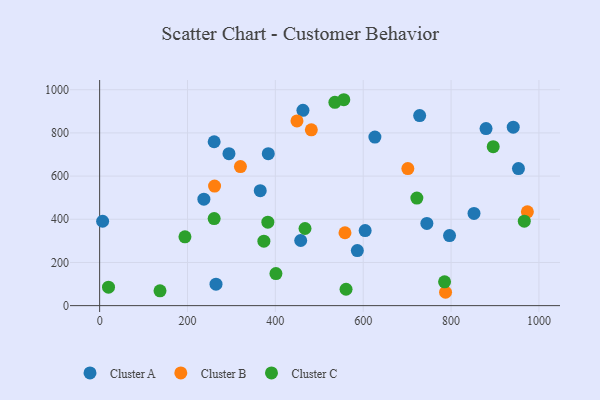
{"axis": {"x": "Investment", "y": "Profit"}, "legend": ["Cluster A", "Cluster B", "Cluster C"], "data": [{"x": "796.5", "y": 324.6, "type": "Cluster A"}, {"x": "728.5", "y": 880.1, "type": "Cluster A"}, {"x": "457.7", "y": 301.6, "type": "Cluster A"}, {"x": "294.4", "y": 703.8, "type": "Cluster A"}, {"x": "6.8", "y": 390.9, "type": "Cluster A"}, {"x": "744.9", "y": 380.8, "type": "Cluster A"}, {"x": "260.7", "y": 759.0, "type": "Cluster A"}, {"x": "365.6", "y": 532.6, "type": "Cluster A"}, {"x": "879.6", "y": 820.0, "type": "Cluster A"}, {"x": "604.4", "y": 347.5, "type": "Cluster A"}, {"x": "852.2", "y": 427.2, "type": "Cluster A"}, {"x": "462.8", "y": 904.5, "type": "Cluster A"}, {"x": "237.3", "y": 493.2, "type": "Cluster A"}, {"x": "953.4", "y": 634.7, "type": "Cluster A"}, {"x": "941.5", "y": 826.5, "type": "Cluster A"}, {"x": "383.9", "y": 704.0, "type": "Cluster A"}, {"x": "264.9", "y": 99.5, "type": "Cluster A"}, {"x": "626.6", "y": 780.6, "type": "Cluster A"}, {"x": "586.6", "y": 254.9, "type": "Cluster A"}, {"x": "787.4", "y": 61.9, "type": "Cluster B"}, {"x": "261.6", "y": 553.6, "type": "Cluster B"}, {"x": "449.2", "y": 855.7, "type": "Cluster B"}, {"x": "481.9", "y": 814.5, "type": "Cluster B"}, {"x": "320.5", "y": 643.9, "type": "Cluster B"}, {"x": "558.5", "y": 337.7, "type": "Cluster B"}, {"x": "701.6", "y": 634.7, "type": "Cluster B"}, {"x": "973.7", "y": 434.6, "type": "Cluster B"}, {"x": "373.9", "y": 298.6, "type": "Cluster C"}, {"x": "137.4", "y": 68.8, "type": "Cluster C"}, {"x": "260.7", "y": 403.2, "type": "Cluster C"}, {"x": "535.5", "y": 941.8, "type": "Cluster C"}, {"x": "785.2", "y": 110.1, "type": "Cluster C"}, {"x": "382.9", "y": 386.6, "type": "Cluster C"}, {"x": "560.9", "y": 75.8, "type": "Cluster C"}, {"x": "401.3", "y": 148.5, "type": "Cluster C"}, {"x": "467.5", "y": 357.2, "type": "Cluster C"}, {"x": "895.9", "y": 736.4, "type": "Cluster C"}, {"x": "966.7", "y": 391.4, "type": "Cluster C"}, {"x": "722.1", "y": 498.4, "type": "Cluster C"}, {"x": "20.2", "y": 85.7, "type": "Cluster C"}, {"x": "555.8", "y": 953.7, "type": "Cluster C"}, {"x": "194.2", "y": 318.8, "type": "Cluster C"}]}